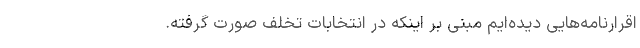
اقرارنامه‌هایی دیده‌ایم مبنی بر اینکه در انتخابات تخلف صورت گرفته.